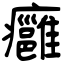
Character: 癰